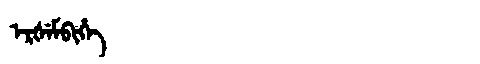
Manchu: ᡝᡵᡧᡝᠮᠪᡳᡥᡝ
Romanization: ERŠEMBIHE